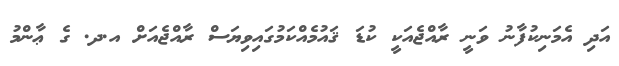
އަދި އެމަނިކުފާނު ވަނީ ރާއްޖެއަކީ ކުޑަ ޤައުމެއްކަމުގައިވިޔަސް ރާއްޖެއަށް އ.ދ. ގެ ޢާންމު